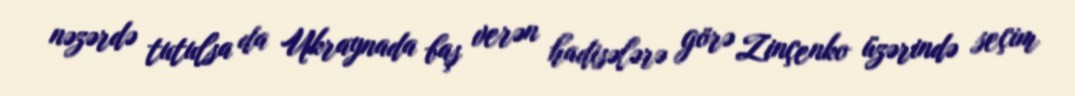
nəzərdə tutulsa da Ukraynada baş verən hadisələrə görə Zinçenko üzərində seçim